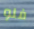
فلو